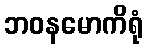
ဘဝနမောကိရုံ